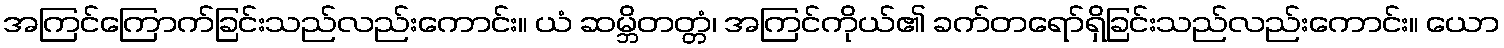
အကြင်ကြောက်ခြင်းသည်လည်းကောင်း။ ယံ ဆမ္ဘိတတ္တံ၊ အကြင်ကိုယ်၏ ခက်တရော်ရှိခြင်းသည်လည်းကောင်း။ ယော